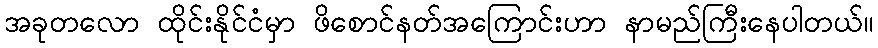
အခုတလော ထိုင်းနိုင်ငံမှာ ဖိစောင်နတ်အကြောင်းဟာ နာမည်ကြီးနေပါတယ်။